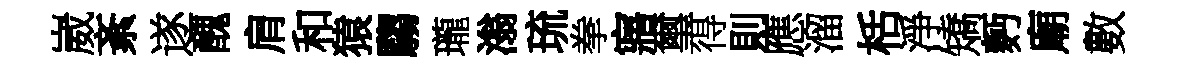
崴紊遂醜肩和猿騶瓏滃琉拳寤璽得則應溜栝淨矯麪廟數